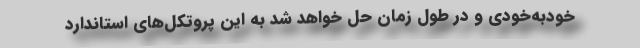
خودبه‌خودی و در طول زمان حل خواهد شد به این پروتکل‌های استاندارد